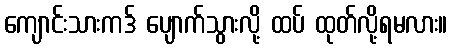
ကျောင်းသားကဒ် ပျောက်သွားလို့ ထပ် ထုတ်လို့ရမလား။